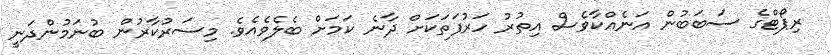
ރިޕޯޓްގެ ސަބަބުން އަނެއްކާވެސް އިތުރު ހަރުފަތަކަށް ދާނެ ކަމަށް ބެލެވެއެވެ. މިސަރުކާރުން ބުނަމުންދަނީ